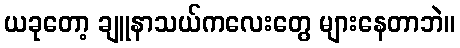
ယခုတော့ ချူနာသယ်ကလေးတွေ များနေတာဘဲ။